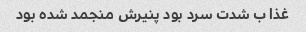
غذا ب شدت سرد بود پنیرش منجمد شده بود